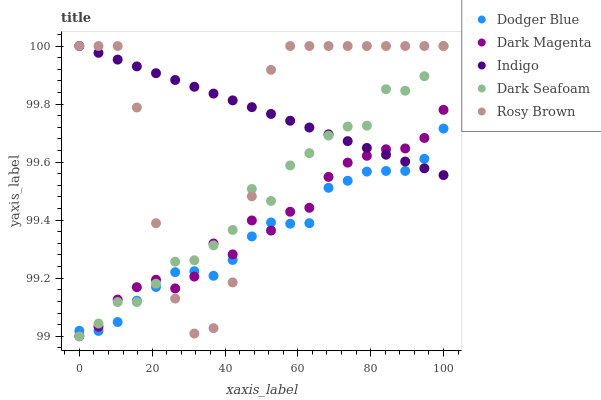
| xaxis_label | Dodger Blue | Dark Magenta | Indigo | Dark Seafoam | Rosy Brown |
 | --- | --- | --- | --- | --- | --- |
 | 0 | 99 | 99 | 100 | 99 | 100 |
 | 5.26 | 99 | 99 | 100 | 99 | 100 |
 | 10.5 | 99 | 99.1 | 100 | 99.1 | 100 |
 | 15.8 | 99.1 | 99.2 | 99.9 | 99.1 | 99.8 |
 | 21.1 | 99.2 | 99.2 | 99.9 | 99.2 | 99.4 |
 | 26.3 | 99.2 | 99.2 | 99.9 | 99.3 | 99.1 |
 | 31.6 | 99.2 | 99.2 | 99.9 | 99.3 | 99 |
 | 36.8 | 99.2 | 99.3 | 99.8 | 99.3 | 99 |
 | 42.1 | 99.3 | 99.3 | 99.8 | 99.4 | 99.2 |
 | 47.4 | 99.3 | 99.4 | 99.8 | 99.5 | 99.5 |
 | 52.6 | 99.4 | 99.4 | 99.8 | 99.5 | 99.9 |
 | 57.9 | 99.4 | 99.4 | 99.7 | 99.6 | 100 |
 | 63.2 | 99.4 | 99.4 | 99.7 | 99.6 | 100 |
 | 68.4 | 99.5 | 99.5 | 99.7 | 99.7 | 100 |
 | 73.7 | 99.5 | 99.6 | 99.7 | 99.7 | 100 |
 | 78.9 | 99.6 | 99.6 | 99.6 | 99.7 | 100 |
 | 84.2 | 99.6 | 99.6 | 99.6 | 99.9 | 100 |
 | 89.5 | 99.6 | 99.6 | 99.6 | 99.8 | 100 |
 | 94.7 | 99.6 | 99.7 | 99.6 | 99.9 | 100 |
 | 100 | 99.7 | 99.8 | 99.6 | 100 | 100 |